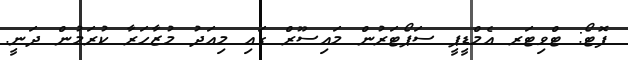
ފޮޓޯ: ޓްވިޓަރ އެމްޑީޕީ ސަޕޯޓަރުން މައިސޫރް ގައި މިއަދު މުޒާހަރާ ކުރަމުން ދަނީ.